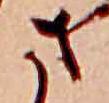
さ